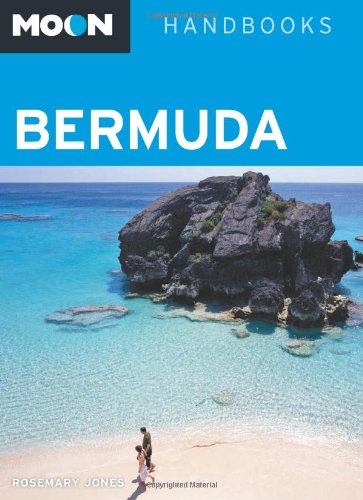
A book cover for Moon Bermuda (Moon Handbooks); Rosemary Jones; Travel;